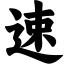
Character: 速